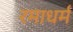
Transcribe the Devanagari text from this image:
रमाधर्म